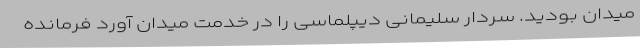
میدان بودید. سردار سلیمانی دیپلماسی را در خدمت میدان‌ آورد فرمانده